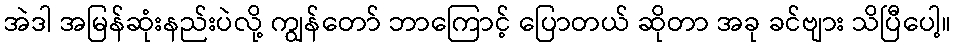
အဲဒါ အမြန်ဆုံးနည်းပဲလို့ ကျွန်တော် ဘာကြောင့် ပြောတယ် ဆိုတာ အခု ခင်ဗျား သိပြီပေါ့။